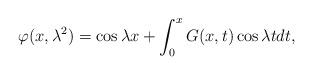
LaTeX: \begin{align*}\varphi(x, \lambda^2) = \cos \lambda x + \int_0^x G(x,t) \cos \lambda t dt,\end{align*}